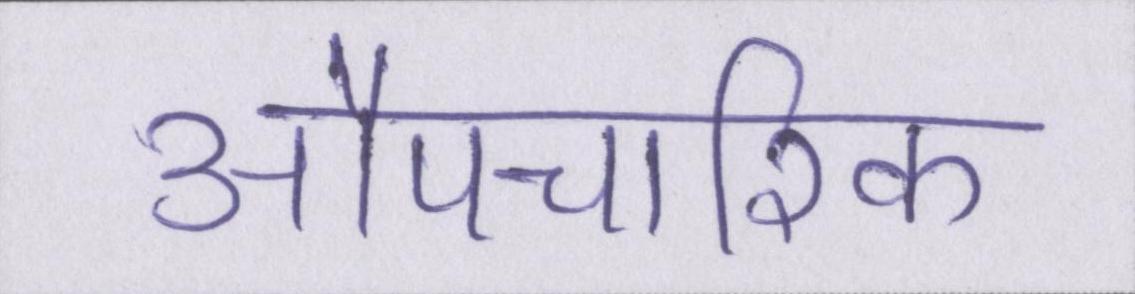
औपचारिक